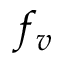
f _ { v }